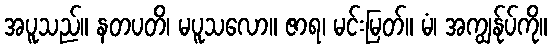
အပူသည်။ နတပတိ၊ မပူသလော။ ဇာရ၊ မင်းမြတ်။ မံ၊ အကျွန်ုပ်ကို။